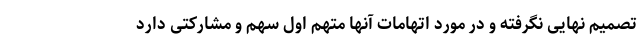
تصمیم نهایی نگرفته و در مورد اتهامات آنها متهم اول سهم و مشارکتی دارد